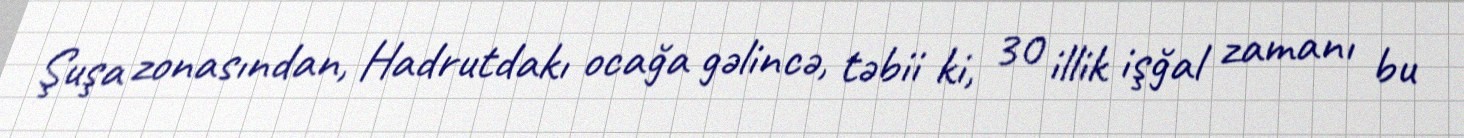
Şuşa zonasından, Hadrutdakı ocağa gəlincə, təbii ki, 30 illik işğal zamanı bu